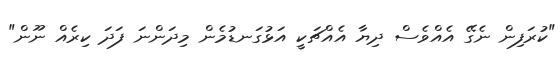
"ކުރަފިން ނެގޭ އެއްވެސް ދިޔާ އެއްޗަކީ އަޅުގަނޑުމެން މިދަންނަ ފަދަ ކިރެއް ނޫން"